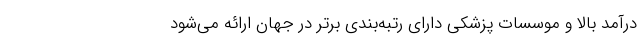
درآمد بالا و موسسات پزشکی دارای رتبه‌بندی برتر در جهان ارائه می‌شود